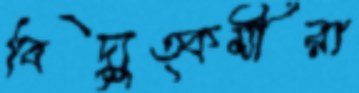
বিদ্যুত্কর্মীরা